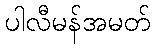
ပါလီမန်အမတ်